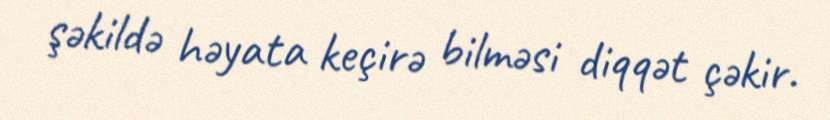
şəkildə həyata keçirə bilməsi diqqət çəkir.